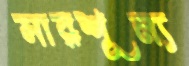
সারশূন্য